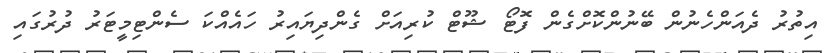
އިތުރު ދެއަންހެނުން ބޭނުންކޮށްގެން ފޮޓޯ ޝޫޓް ކުރިއަށް ގެންދިޔައިރު ހައެއްކަ ސެންޓިމީޓަރު ދުރުގައި